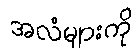
အလံများကို